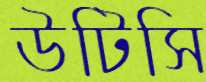
উটিসি